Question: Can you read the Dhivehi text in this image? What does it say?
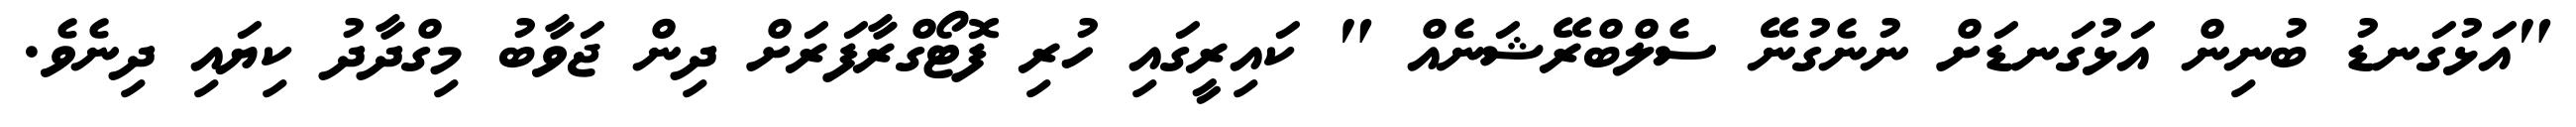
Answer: "އަޅުގަނޑު ބުނިން އަޅުގަނޑަށް ނުނެގުނޭ ސެލްބްރޭޝަނެއް " ކައިރީގައި ހުރި ފޮޓޯގްރާފަރަށް ދިން ޖަވާބު މިގްދާދު ކިޔައި ދިނެވެ.